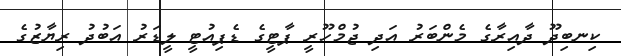
ކިނބިދޫ ދާއިރާގެ މެންބަރު އަދި ޖުމްހޫރީ ޕާޓީގެ ޑެޕިއުޓީ ލީޑަރު އަބުދު ރިޔާޒުގެ